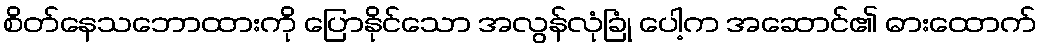
စိတ်နေသဘောထားကို ပြောနိုင်သော အလွန်လုံခြုံ ပေါ့က အဆောင်၏ ဓားထောက်